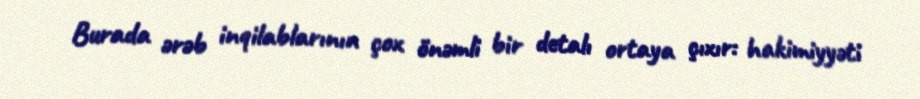
Burada ərəb inqilablarının çox önəmli bir detalı ortaya çıxır: hakimiyyəti